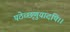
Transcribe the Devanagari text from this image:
पठेच्छृणुयादपि।।